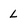
Character: L